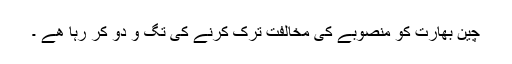
چین بھارت کو منصوبے کی مخالفت ترک کرنے کی تگ و دو کر رہا ھے ۔